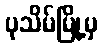
ပုသိမ်မြို့မှ